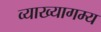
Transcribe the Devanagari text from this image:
व्याख्यागम्य